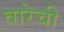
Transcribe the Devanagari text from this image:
वारेची